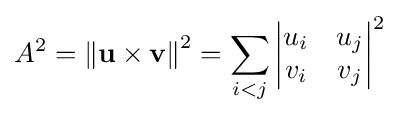
A^{2}={\Vert \mathbf {u} \times \mathbf {v} \Vert }^{2}=\sum _{i<j}{\begin{vmatrix}u_{i}&u_{j}\\v_{i}&v_{j}\end{vmatrix}}^{2}